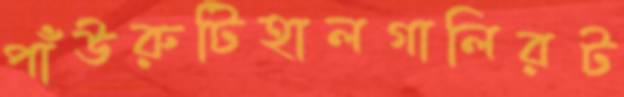
পাঁউরুটিহালগালিরট